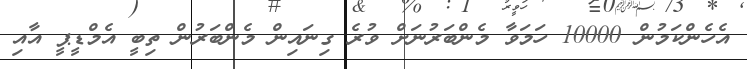
އެހެންކަމުން 10000 ހަމަވާ މެންބަރުނަށް ވުރެ ގިނައިން މެންބަރުން ތިބީ އެމްޑީޕީ އާއި